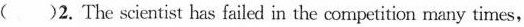
( )2.The scientist has failed in the competition many times,